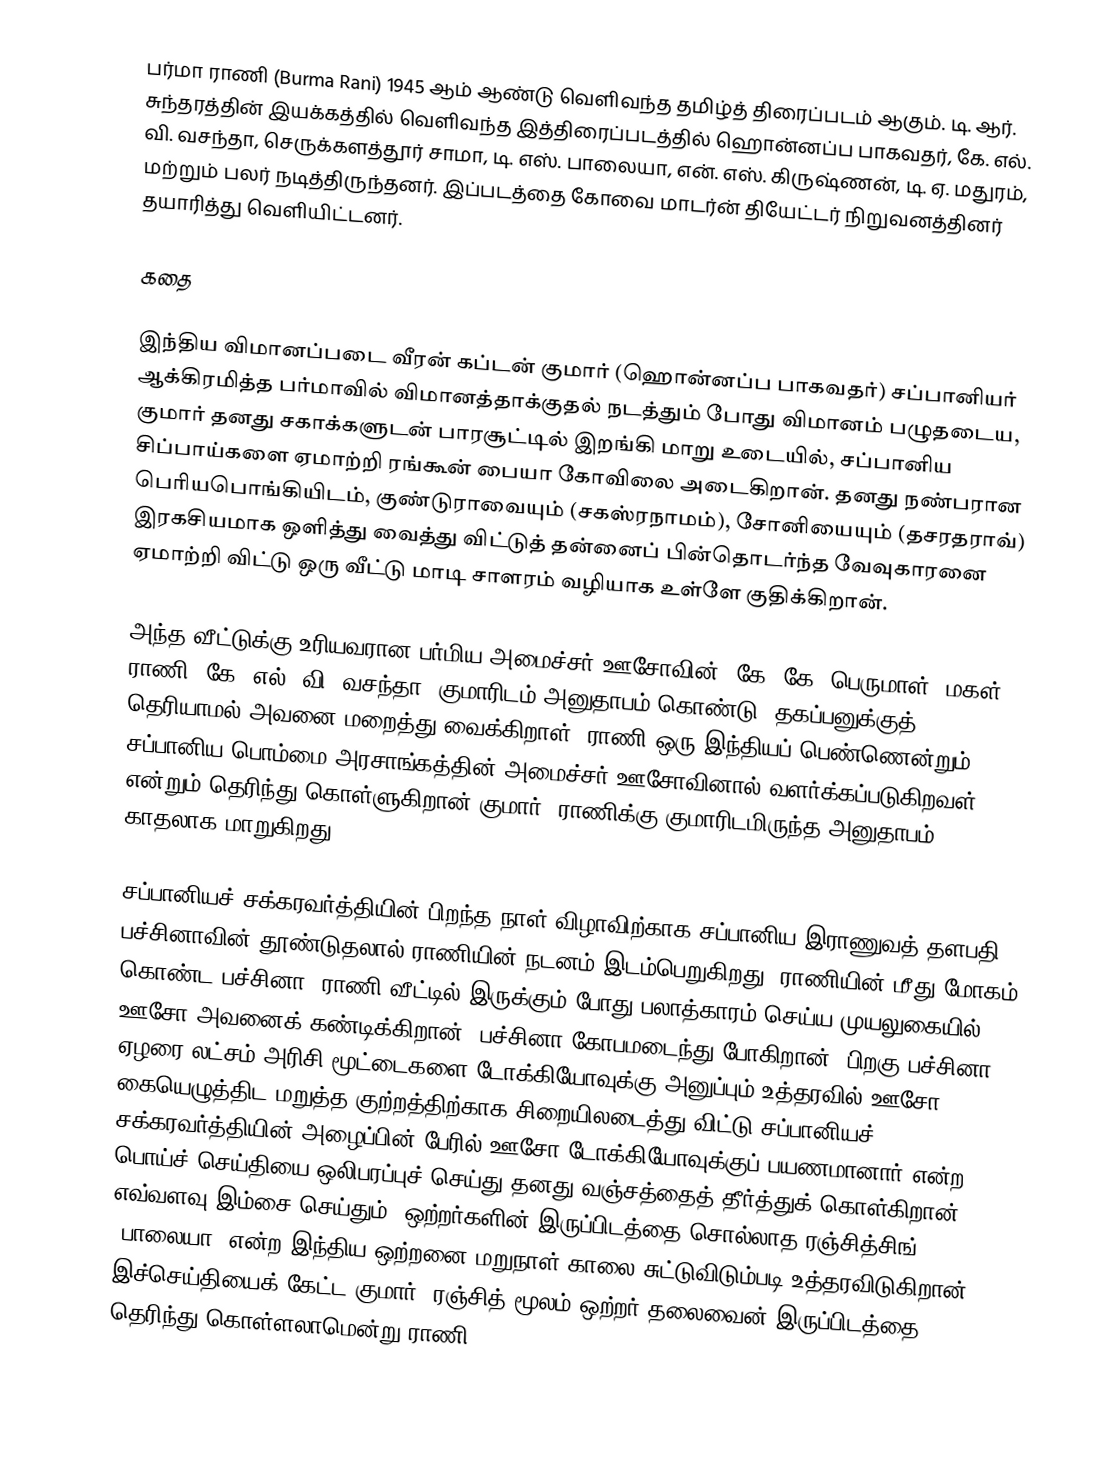
பர்மா ராணி (Burma Rani) 1945 ஆம் ஆண்டு வெளிவந்த தமிழ்த் திரைப்படம் ஆகும். டி. ஆர். சுந்தரத்தின் இயக்கத்தில் வெளிவந்த  இத்திரைப்படத்தில் ஹொன்னப்ப பாகவதர், கே. எல். வி. வசந்தா, செருக்களத்தூர் சாமா, டி. எஸ். பாலையா, என். எஸ். கிருஷ்ணன், டி. ஏ. மதுரம், மற்றும் பலர் நடித்திருந்தனர். இப்படத்தை கோவை மாடர்ன் தியேட்டர் நிறுவனத்தினர் தயாரித்து வெளியிட்டனர்.

கதை

இந்திய விமானப்படை வீரன் கப்டன் குமார் (ஹொன்னப்ப பாகவதர்) சப்பானியர் ஆக்கிரமித்த பர்மாவில் விமானத்தாக்குதல் நடத்தும் போது விமானம் பழுதடைய, குமார் தனது சகாக்களுடன் பாரசூட்டில் இறங்கி மாறு உடையில், சப்பானிய சிப்பாய்களை ஏமாற்றி ரங்கூன் பையா கோவிலை அடைகிறான். தனது நண்பரான பெரியபொங்கியிடம், குண்டுராவையும் (சகஸ்ரநாமம்), சோனியையும் (தசரதராவ்) இரகசியமாக ஒளித்து வைத்து விட்டுத் தன்னைப் பின்தொடர்ந்த வேவுகாரனை ஏமாற்றி விட்டு ஒரு வீட்டு மாடி சாளரம் வழியாக உள்ளே குதிக்கிறான்.

அந்த வீட்டுக்கு உரியவரான பர்மிய அமைச்சர் ஊசோவின் (கே. கே. பெருமாள்) மகள் ராணி (கே. எல். வி. வசந்தா) குமாரிடம் அனுதாபம் கொண்டு, தகப்பனுக்குத் தெரியாமல் அவனை மறைத்து வைக்கிறாள். ராணி ஒரு இந்தியப் பெண்ணென்றும், சப்பானிய பொம்மை அரசாங்கத்தின் அமைச்சர் ஊசோவினால் வளர்க்கப்படுகிறவள் என்றும் தெரிந்து கொள்ளுகிறான் குமார். ராணிக்கு குமாரிடமிருந்த அனுதாபம் காதலாக மாறுகிறது.

சப்பானியச் சக்கரவர்த்தியின் பிறந்த நாள் விழாவிற்காக சப்பானிய இராணுவத் தளபதி பச்சினாவின் தூண்டுதலால் ராணியின் நடனம் இடம்பெறுகிறது. ராணியின் மீது மோகம் கொண்ட பச்சினா, ராணி வீட்டில் இருக்கும் போது பலாத்காரம் செய்ய முயலுகையில் ஊசோ அவனைக் கண்டிக்கிறான். பச்சினா கோபமடைந்து போகிறான். பிறகு பச்சினா, ஏழரை லட்சம் அரிசி மூட்டைகளை டோக்கியோவுக்கு அனுப்பும் உத்தரவில் ஊசோ கையெழுத்திட மறுத்த குற்றத்திற்காக சிறையிலடைத்து விட்டு சப்பானியச் சக்கரவர்த்தியின் அழைப்பின் பேரில் ஊசோ டோக்கியோவுக்குப் பயணமானார் என்ற பொய்ச் செய்தியை ஒலிபரப்புச் செய்து தனது வஞ்சத்தைத் தீர்த்துக் கொள்கிறான். எவ்வளவு இம்சை செய்தும், ஒற்றர்களின் இருப்பிடத்தை சொல்லாத ரஞ்சித்சிங் (பாலையா) என்ற இந்திய ஒற்றனை மறுநாள் காலை சுட்டுவிடும்படி உத்தரவிடுகிறான். இச்செய்தியைக் கேட்ட குமார், ரஞ்சித் மூலம் ஒற்றர் தலைவைன் இருப்பிடத்தை தெரிந்து கொள்ளலாமென்று ராணி